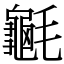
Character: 䶰